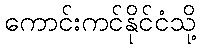
ကောင်းကင်နိုင်ငံသို့